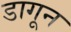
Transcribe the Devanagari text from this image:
डागून